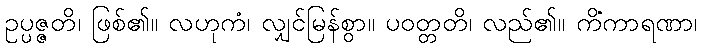
ဥပ္ပဇ္ဇတိ၊ ဖြစ်၏။ လဟုကံ၊ လျှင်မြန်စွာ။ ပဝတ္တတိ၊ လည်၏။ ကိံကာရဏာ၊